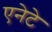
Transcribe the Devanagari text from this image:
एनेटे